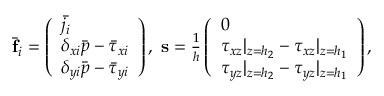
\begin{array} { r } { \bar { \mathbf { f } } _ { i } = \left( \begin{array} { l } { \bar { j _ { i } } } \\ { \delta _ { x i } \bar { p } - \bar { \tau } _ { x i } } \\ { \delta _ { y i } \bar { p } - \bar { \tau } _ { y i } } \end{array} \right) , \; \mathbf { s } = \frac { 1 } { h } \left( \begin{array} { l } { 0 } \\ { \tau _ { x z } | _ { z = h _ { 2 } } - \tau _ { x z } | _ { z = h _ { 1 } } } \\ { \tau _ { y z } | _ { z = h _ { 2 } } - \tau _ { y z } | _ { z = h _ { 1 } } } \end{array} \right) , } \end{array}